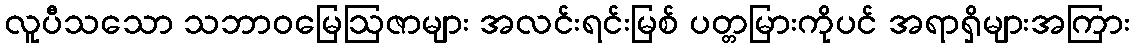
လူပီသသော သဘာဝမြေဩဇာများ အလင်းရင်းမြစ် ပတ္တမြားကိုပင် အရာရှိများအကြား